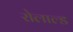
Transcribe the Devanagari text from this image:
रोलाल्ड